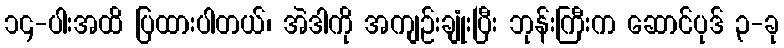
၁၄-ပါးအထိ ပြထားပါတယ်၊ အဲဒါကို အကျဉ်းချုံးပြီး ဘုန်းကြီးက ဆောင်ပုဒ် ၃-ခု